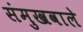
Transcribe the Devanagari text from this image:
संमुखवाले